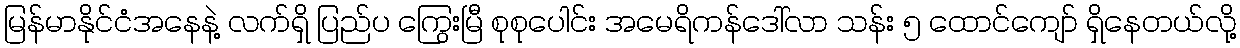
မြန်မာနိုင်ငံအနေနဲ့ လက်ရှိ ပြည်ပ ကြွေးမြီ စုစုပေါင်း အမေရိကန်ဒေါ်လာ သန်း ၅ ထောင်ကျော် ရှိနေတယ်လို့